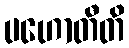
ပဟောတီတိ